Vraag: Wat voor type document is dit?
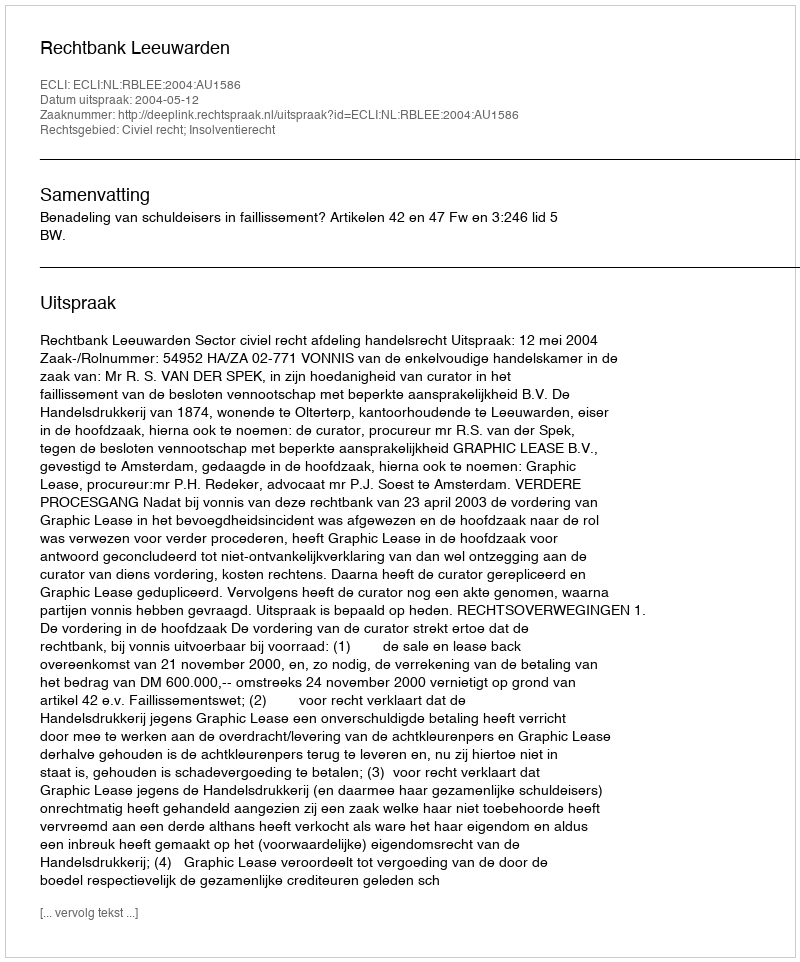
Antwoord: Uitspraak